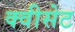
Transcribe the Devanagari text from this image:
क्वीसेट